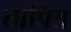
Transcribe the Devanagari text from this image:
तापित